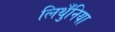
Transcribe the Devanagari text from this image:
लिथुँनिया